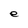
Character: e